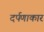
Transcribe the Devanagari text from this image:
दर्पणाकार